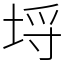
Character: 埒